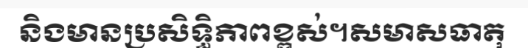
និងមានប្រសិទ្ធិភាពខ្ពស់។សមាសធាតុ